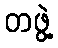
တဖွဲ့